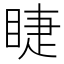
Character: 睫